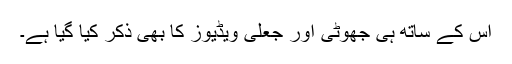
اس کے ساتھ ہی جھوٹی اور جعلی ویڈیوز کا بھی ذکر کیا گیا ہے۔